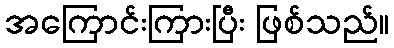
အကြောင်းကြားပြီး ဖြစ်သည်။